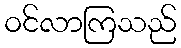
ဝင်လာကြသည်